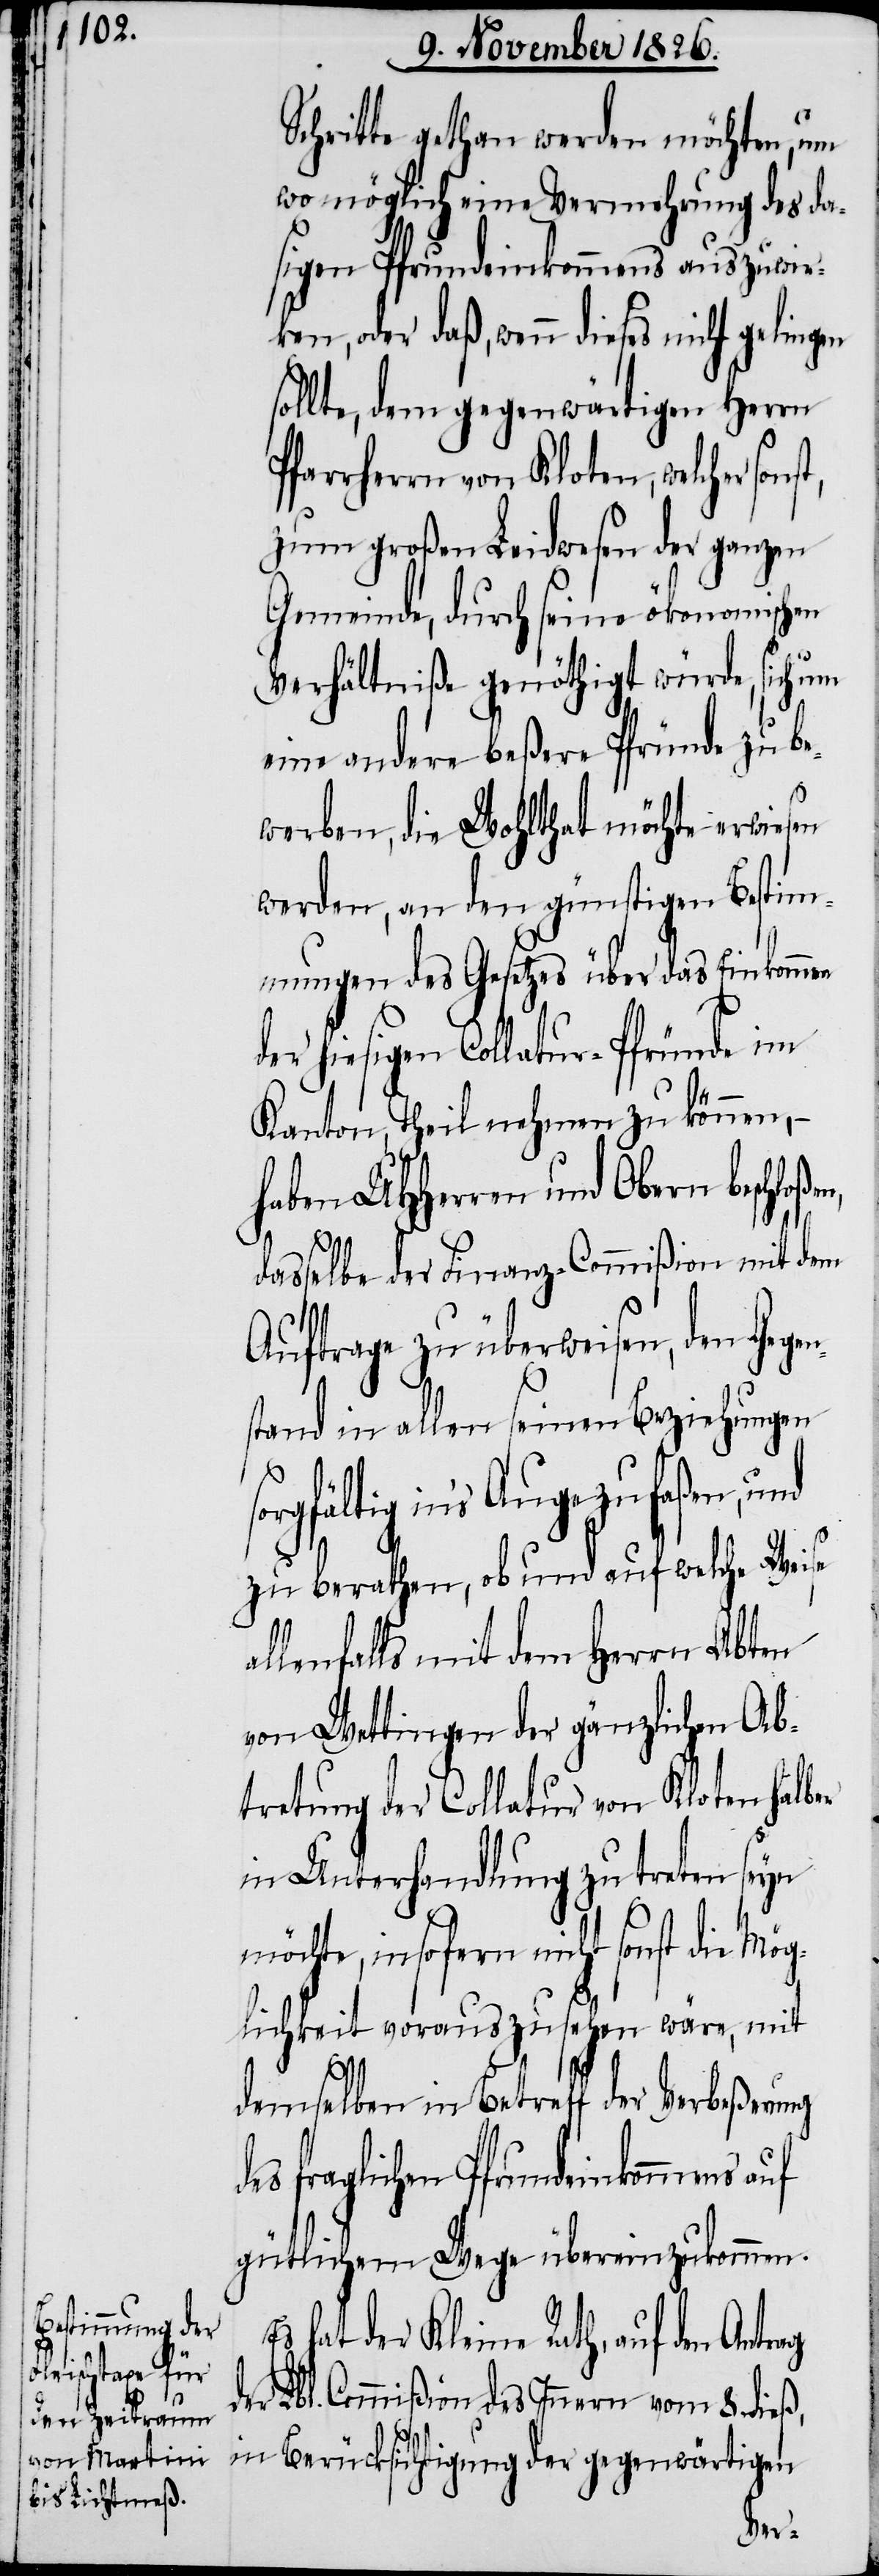
Schritte gethan werden möchten, um
wo möglich eine Vermehrung des da¬
sigen Pfrundeinkommens auszuwir¬
ken, oder daß, wenn dieses nicht gelingen
sollte, dem gegenwärtigen Herrn
Pfarrherrn von Kloten, welcher son¬
zum großen Leidwesen der ganzen
Gemeinde, durch seine ökonomischen
Verhältniße genöthigt würde, sich um
eine andere beßere Pfründe zu be¬
werben, die Wohlthat möchte erwiesen
werden, an den günstigen Bestim¬
mungen des Gesetzes über das Einkommen
er hiesigen Collatur-Pfründe im
Kanton, Theilnehmen zu können, –
haben UHHerren und Obern beschloße¬
d¬
dasselbe der Finanz-Commißion mit dem
Auftrage zu überweisen, den Gege¬
stand in allen seinen Beziehungen
rgfältig in’s Auge zu faßen,
zu berathen, ob und auf welche Weise
allenfalls mit dem Herrn Abten
von Wettingen der gänzlichen Ab¬
tretung der Collatur von Kloten halber
in Unterhandlung zu treten seyn
möchte, insofern nicht sonst die Mög¬
lichkeit voraus zu sehen wäre, mit
demselben in Betreff der Verbeßerung
fraglichen Pfrundeinkommens auf
gütlichem Wege übereinzukommen.
s hat der Kleine Rath, auf den
er Lbl. Commißion des Innern vom 8. dieß,
in Berücksichtigung der gegenwärtigen